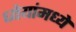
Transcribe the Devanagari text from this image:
ध्येयांमध्ये